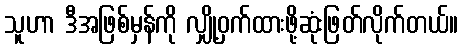
သူဟာ ဒီအဖြစ်မှန်ကို လျှို့ဝှက်ထားဖို့ဆုံးဖြတ်လိုက်တယ်။